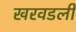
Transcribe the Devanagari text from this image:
खरवडली